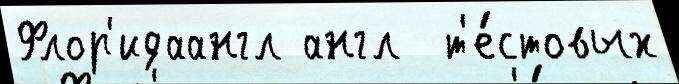
Флор'идаангл англ  т'е́стовых